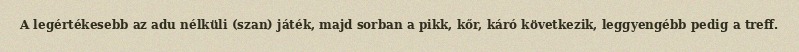
A legértékesebb az adu nélküli (szan) játék, majd sorban a pikk, kőr, káró következik, leggyengébb pedig a treff.